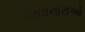
કરાવનારાઓ